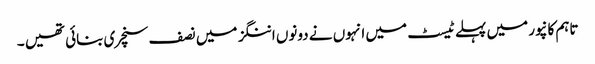
تاہم کانپور میں پہلے ٹیسٹ میں انہوں نے دونوں اننگز میں نصف سنچری بنائی تھیں ۔